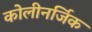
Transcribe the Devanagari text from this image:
कोलीनर्जिक